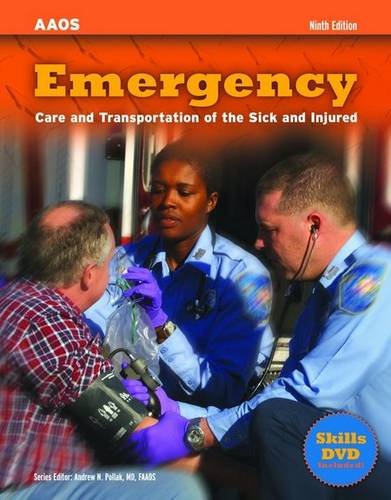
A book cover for Emergency Care And Transportation Of The Sick And Injured; American Academy of Orthopaedic Surgeons (AAOS); Medical Books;